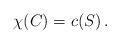
LaTeX: \begin{align*}\chi(C) = c(S) \,.\end{align*}